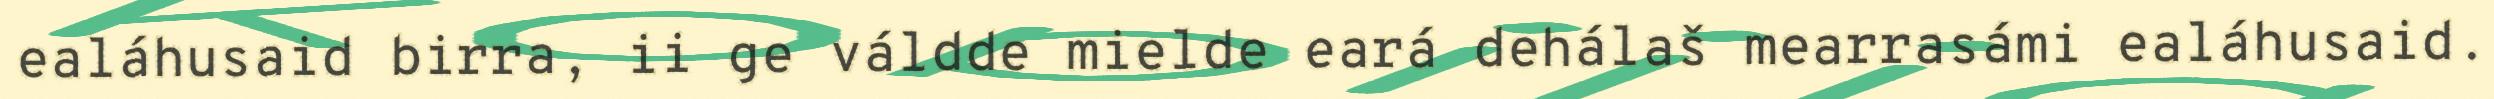
ealáhusaid birra, ii ge váldde mielde eará dehálaš mearrasámi ealáhusaid.